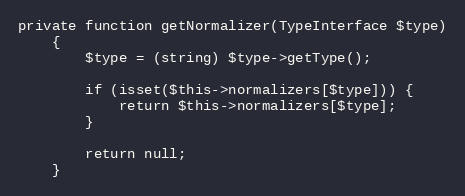
Language: PHP
private function getNormalizer(TypeInterface $type)
    {
        $type = (string) $type->getType();

        if (isset($this->normalizers[$type])) {
            return $this->normalizers[$type];
        }

        return null;
    }